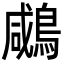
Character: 𪂶